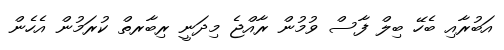
އަބުރާއި ބެހޭ ބިލް ފާސް ވުމުން ރާއްޖެ މިދަނީ ރިބާރތް ކުރަމުން އެހެން